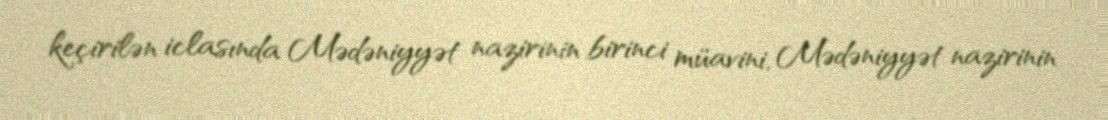
keçirilən iclasında Mədəniyyət nazirinin birinci müavini, Mədəniyyət nazirinin